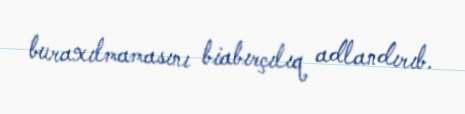
buraxılmamasını biabırçılıq adlandırıb.